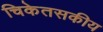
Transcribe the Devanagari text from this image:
चिकेतसकीय